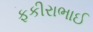
ફકીરાભાઈ